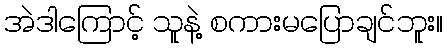
အဲဒါကြောင့် သူနဲ့ စကားမပြောချင်ဘူး။